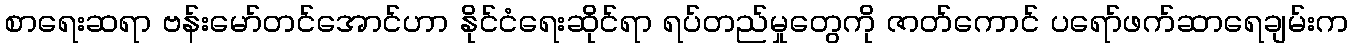
စာရေးဆရာ ဗန်းမော်တင်အောင်ဟာ နိုင်ငံရေးဆိုင်ရာ ရပ်တည်မှုတွေကို ဇာတ်ကောင် ပရော်ဖက်ဆာရေချမ်းက